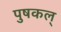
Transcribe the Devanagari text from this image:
पुषकल्